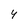
Character: 4